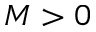
M > 0